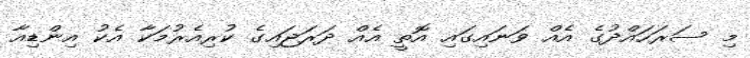
މި ސަރަހައްދުގެ އެއް ވަނައިގައި އޮތީ އެއް ދަރަޖައިގެ ކުރިއެރުމަކާ އެކު އިންޑިއާ